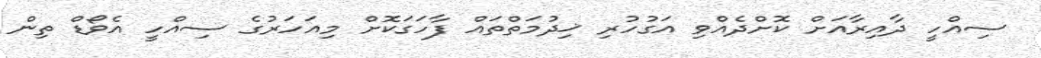
ސިއްހީ ދާއިރާއަށް ކޮށްދެއްވި އަގުހުރި ޚިދުމަތްތައް ފާހަގަކޮށް މިއަހަރުގެ ސިއްހީ އެވޯޑް ތިން